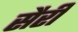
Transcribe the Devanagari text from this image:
सैरी